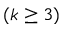
( k \geq 3 )